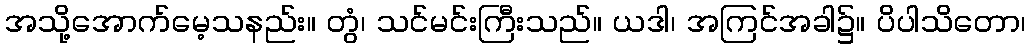
အသို့အောက်မေ့သနည်း။ တွံ၊ သင်မင်းကြီးသည်။ ယဒါ၊ အကြင်အခါ၌။ ပိပါသိတော၊